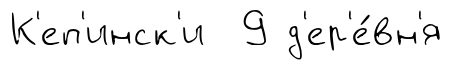
К'еп'инск'и 9 д'ер'е́вн'я